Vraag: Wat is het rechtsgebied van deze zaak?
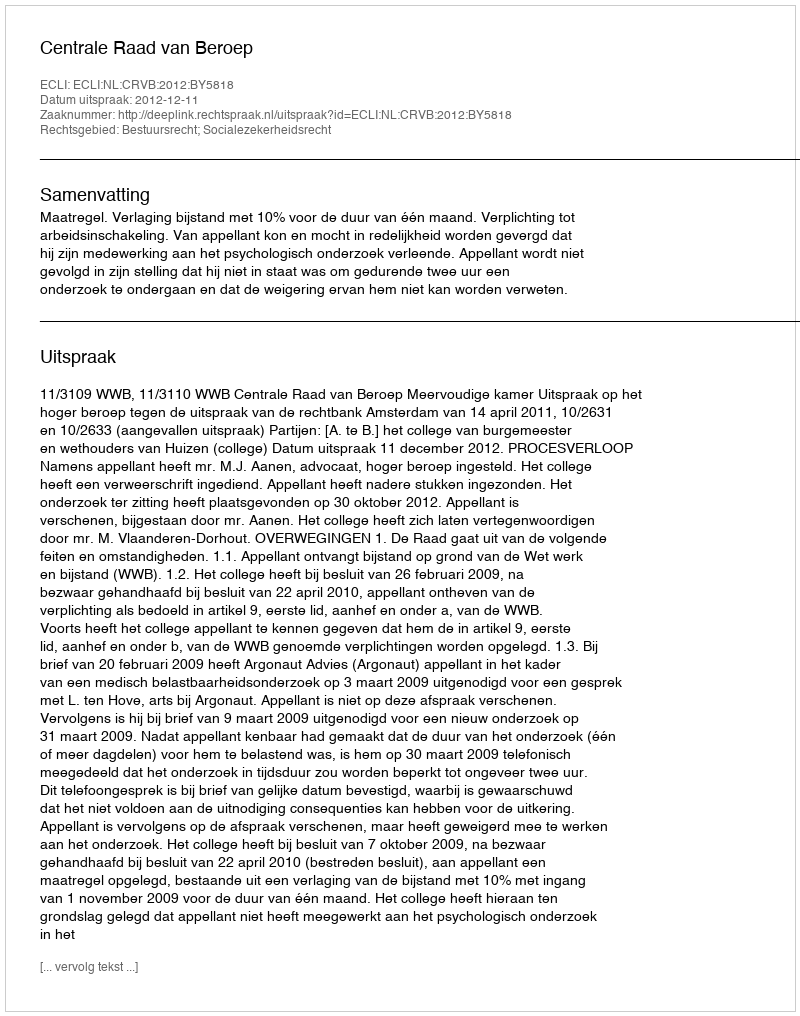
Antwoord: Bestuursrecht; Socialezekerheidsrecht